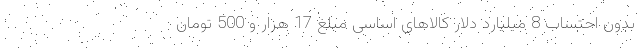
بدون احتساب 8 میلیارد دلار کالا‌های اساسی مبلغ 17 هزار و 500 تومان